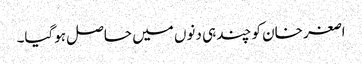
اصغر خان کو چند ہی دنوں میں حاصل ہوگیا۔